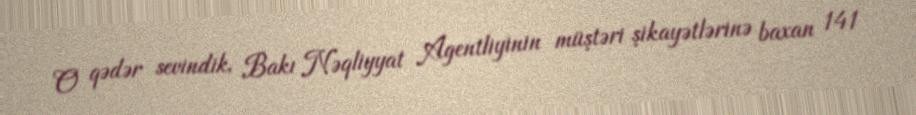
O qədər sevindik, Bakı Nəqliyyat Agentliyinin müştəri şikayətlərinə baxan 141